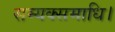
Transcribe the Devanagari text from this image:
सम्यक्समाधि।